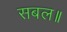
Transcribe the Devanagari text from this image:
सबल॥